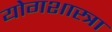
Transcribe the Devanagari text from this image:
योगशास्त्रा